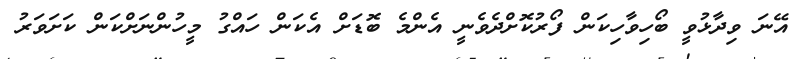
އޭނަ ވިދާޅުވީ ބޯހިވާހިކަން ފޯރުކޮށްދެވެނީ އެންމެ ބޮޑަށް އެކަން ހައްގު މީހުންނަށްކަން ކަށަވަރު